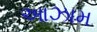
આઝામ